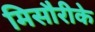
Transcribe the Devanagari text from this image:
मिसौरीके